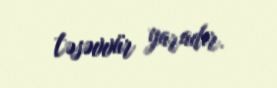
təsəvvür yaradır.